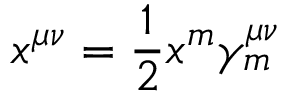
x ^ { \mu \nu } = \frac { 1 } { 2 } x ^ { m } \gamma _ { m } ^ { \mu \nu }